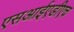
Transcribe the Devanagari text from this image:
एसआईएडीएच